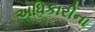
અધિકારીના